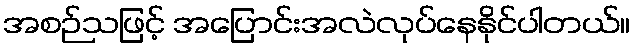
အစဉ်သဖြင့် အပြောင်းအလဲလုပ်နေနိုင်ပါတယ်။